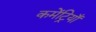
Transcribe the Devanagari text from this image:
कमेंट्रियाँ